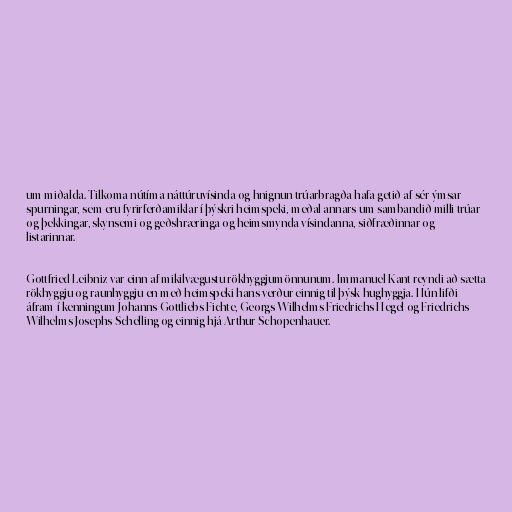
um miðalda. Tilkoma nútíma náttúruvísinda og hnignun trúarbragða hafa getið af sér ýmsar
spurningar, sem eru fyrirferðamiklar í þýskri heimspeki, meðal annars um sambandið milli trúar
og þekkingar, skynsemi og geðshræringa og heimsmynda vísindanna, siðfræðinnar og
listarinnar.

Gottfried Leibniz var einn af mikilvægustu rökhyggjumönnunum. Immanuel Kant reyndi að sætta
rökhyggju og raunhyggju en með heimspeki hans verður einnig til þýsk hughyggja. Hún lifði
áfram í kenningum Johanns Gottliebs Fichte, Georgs Wilhelms Friedrichs Hegel og Friedrichs
Wilhelms Josephs Schelling og einnig hjá Arthur Schopenhauer.